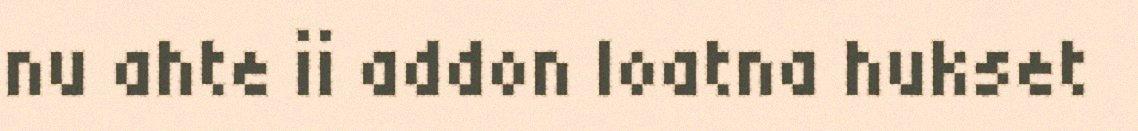
nu ahte ii addon loatna hukset